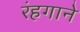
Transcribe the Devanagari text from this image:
रंहगाने